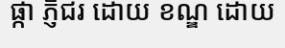
ផ្កា ភ្ញីជរ ដោយ ខណ្ឌ ដោយ